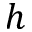
h